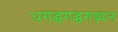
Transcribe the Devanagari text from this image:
धगद्धगद्धगज्ज्वल